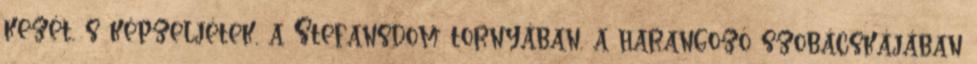
kezét, s képzeljétek, a Stefansdom tornyában, a harangozó szobácskájában